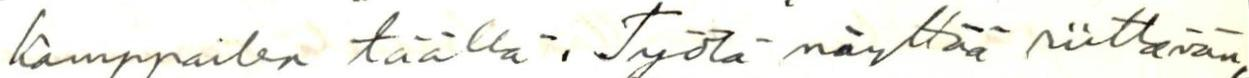
kamppailen täällä. Työtä näyttää riittävän,